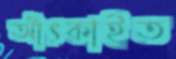
আঁৎকাইত